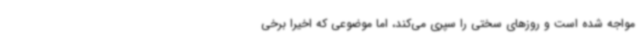
مواجه شده است و روزهای سختی را سپری می‌کند، اما موضوعی که اخیرا برخی